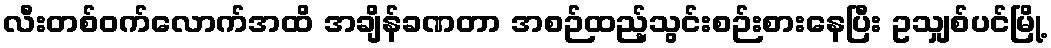
လီးတစ်ဝက်လောက်အထိ အချိန်ခဏတာ အစဉ်ထည့်သွင်းစဉ်းစားနေပြီး ဥသျှစ်ပင်မြို့